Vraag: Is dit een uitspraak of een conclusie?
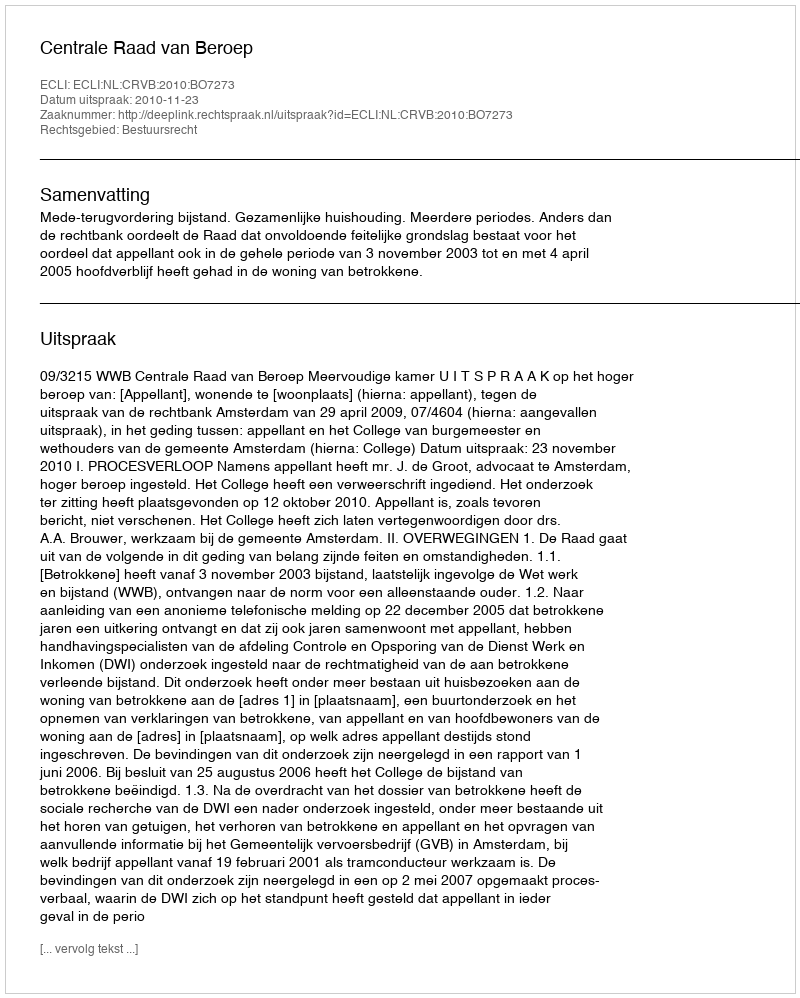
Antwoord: Uitspraak